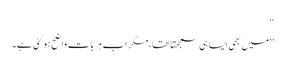
“
”میں بھی ایسا ہی سمجھتا تھا،مگر اب ہر بات واضح ہو گئی ہے۔